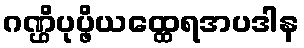
ဂဏ္ဌိပုပ္ဖိယထ္ထေရအပဒါန